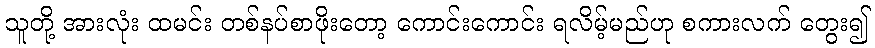
သူတို့ အားလုံး ထမင်း တစ်နပ်စာဖိုးတော့ ကောင်းကောင်း ရလိမ့်မည်ဟု စကားလက် တွေး၍